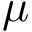
\mu